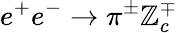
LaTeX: e^{+}e^{-}\to\pi^{\pm}\mathbb{Z}_{c}^{\mp}